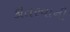
કોતરવાની